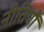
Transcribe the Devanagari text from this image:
नीतियौं